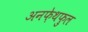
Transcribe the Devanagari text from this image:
अनफ़ेथफ़ुल